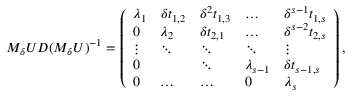
M _ { \delta } U D ( M _ { \delta } U ) ^ { - 1 } = \left( \begin{array} { l l l l l } { \lambda _ { 1 } } & { \delta t _ { 1 , 2 } } & { \delta ^ { 2 } t _ { 1 , 3 } } & { \dots } & { \delta ^ { s - 1 } t _ { 1 , s } } \\ { 0 } & { \lambda _ { 2 } } & { \delta t _ { 2 , 1 } } & { \dots } & { \delta ^ { s - 2 } t _ { 2 , s } } \\ { \vdots } & { \ddots } & { \ddots } & { \ddots } & { \vdots } \\ { 0 } & & { \ddots } & { \lambda _ { s - 1 } } & { \delta t _ { s - 1 , s } } \\ { 0 } & { \dots } & { \dots } & { 0 } & { \lambda _ { s } } \end{array} \right) ,